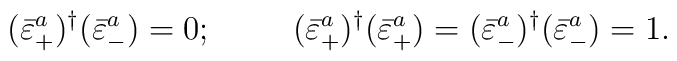
(\bar{\varepsilon}^{a}_+)^{\dagger}(\bar{\varepsilon}^{a}_-) = 0;\hskip 1.0cm (\bar{\varepsilon}^{a}_+)^{\dagger}(\bar{\varepsilon}^{a}_+) =(\bar{\varepsilon}^{a}_-)^{\dagger}(\bar{\varepsilon}^{a}_-) = 1.